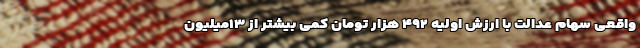
واقعی سهام عدالت با ارزش اولیه ۴۹۲ هزار تومان کمی بیشتر از ۱۳میلیون